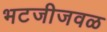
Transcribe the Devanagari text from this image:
भटजीजवळ